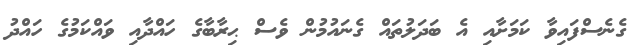
ގެނެސްފައިވާ ކަމަށާއި އެ ބަދަލުތައް ގެނައުމުން ވެސް ޙިރާބާގެ ހައްދާއި ވައްކަމުގެ ހައްދު